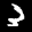
Label: 3